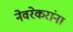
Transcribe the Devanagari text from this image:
नेवरेकरांना